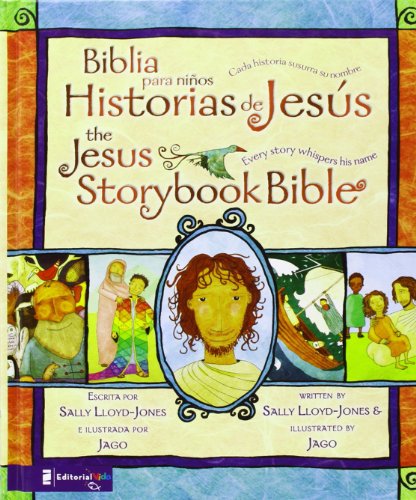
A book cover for Biblia para niÃ±os, Historias de JesÃºs / The Jesus Storybook Bible: Cada historia susurra su nombre (Spanish Edition); Sally Lloyd-Jones; Christian Books & Bibles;